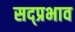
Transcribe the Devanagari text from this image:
सद्प्रभाव